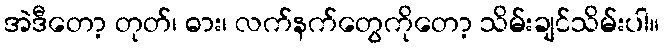
အဲဒီတော့ တုတ်၊ ဓား၊ လက်နက်တွေကိုတော့ သိမ်းချင်သိမ်းပါ။